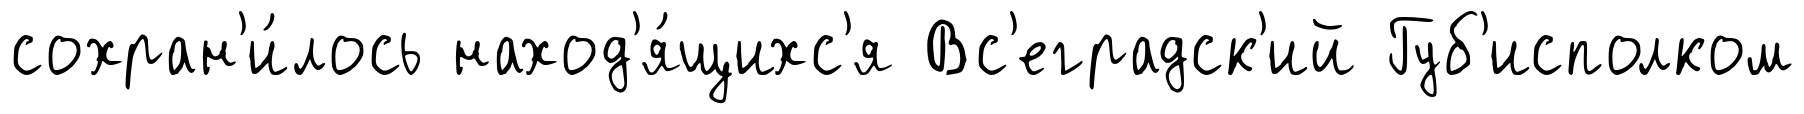
сохран'и́лось наход'я́щихс'я Вс'еградск'ий Губ'исполком